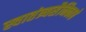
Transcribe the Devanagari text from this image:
स्वातंत्र्यसैनिकाचे